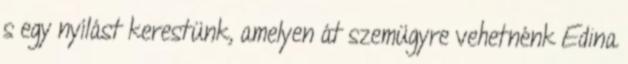
s egy nyílást kerestünk, amelyen át szemügyre vehetnénk Edina